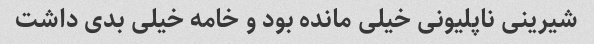
شیرینی ناپلیونی خیلی مانده بود و خامه خیلی بدی داشت